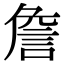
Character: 詹